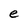
Character: e